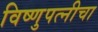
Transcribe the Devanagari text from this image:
विष्णुपत्नीचा